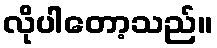
လိုပါတော့သည်။